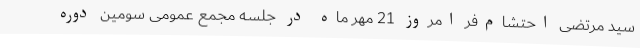
سید مرتضی احتشام‌فر امروز 21 مهر ماه در جلسه مجمع عمومی سومین دوره